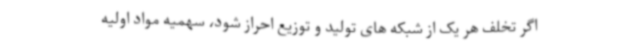
اگر تخلف هر یک از شبکه های تولید و توزیع احراز شود، سهمیه مواد اولیه